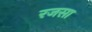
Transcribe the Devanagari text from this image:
रजसा